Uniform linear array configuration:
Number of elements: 32
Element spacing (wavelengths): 0.25
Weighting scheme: cosine
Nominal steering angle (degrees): -45
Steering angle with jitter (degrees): -46.413
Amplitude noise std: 0.05
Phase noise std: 0.05

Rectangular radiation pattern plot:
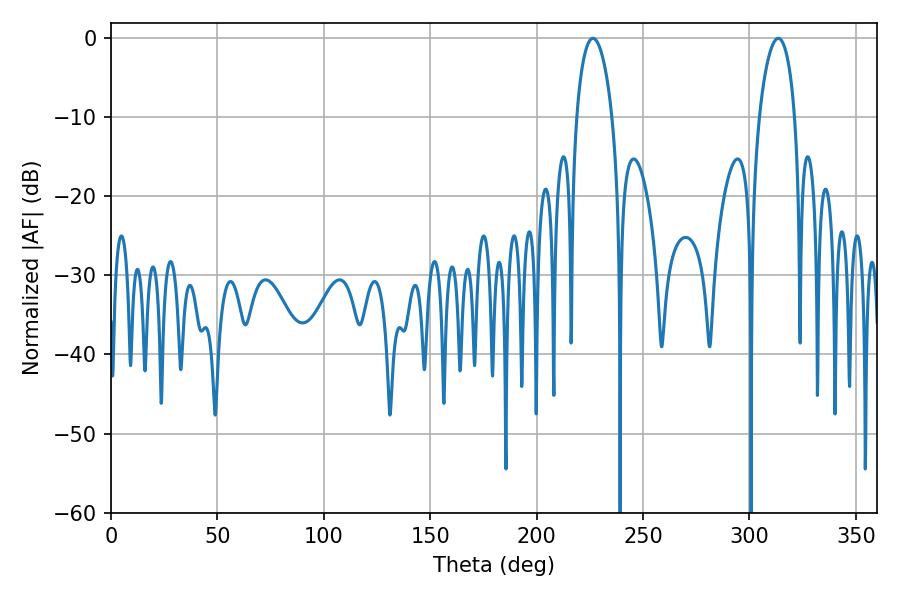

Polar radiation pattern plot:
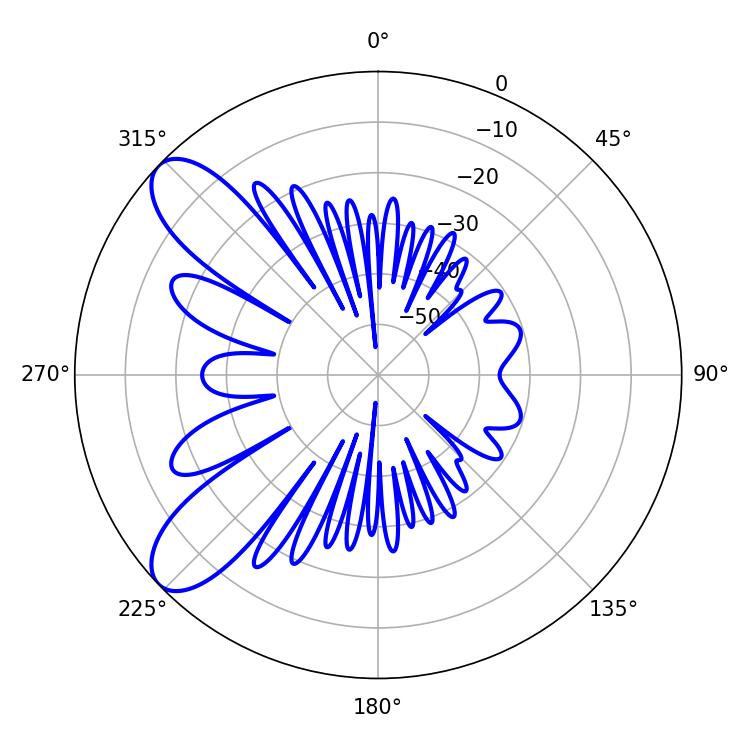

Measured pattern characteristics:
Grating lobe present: FALSE
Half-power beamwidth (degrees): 9.54
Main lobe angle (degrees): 226.44